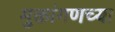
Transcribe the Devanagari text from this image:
मुक्तांगणच्या